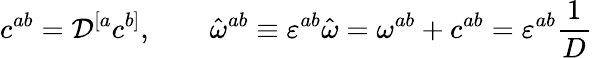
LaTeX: c^{ab}={\cal D}^{[a}c^{b]},\quad\quad\hat{\omega}^{ab}\equiv\varepsilon^{ab}\hat{\omega}=\omega^{ab}+c^{ab}=\varepsilon^{ab}{\frac{1}{D}}